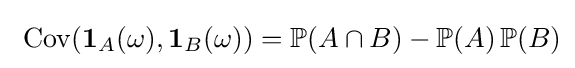
\ \operatorname {Cov} (\mathbf {1} _{A}(\omega ),\mathbf {1} _{B}(\omega ))=\operatorname {\mathbb {P} } (A\cap B)-\operatorname {\mathbb {P} } (A)\operatorname {\mathbb {P} } (B)